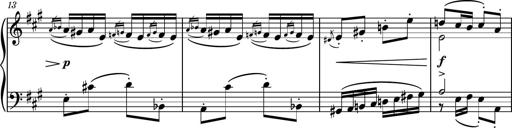
Title: Piano Sonatina No.6
Composer: Dimitri Sykias
Key: A major